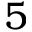
5